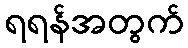
ရရန်အတွက်